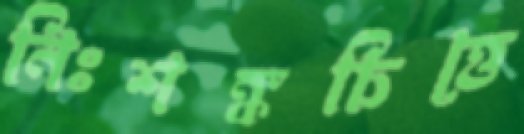
নিঃশঙ্কচিত্তে